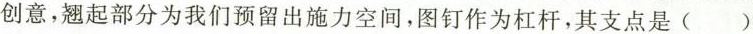
创意，翘起部分为我们预留出施力空间，图钉作为杠杆，其支点是()